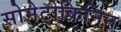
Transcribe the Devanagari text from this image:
सोमेटोक्रिनिन